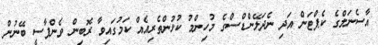
އާސެނަލްގެ ކެޕްޓަން އަދި ނެދަލޭންޑްސްގެ މުހިންމު ކުޅުންތެރިއެއް ކަމުގައިވާ ރޮބިން ވެންޕާސީ ބޭނުން